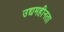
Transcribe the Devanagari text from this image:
उद्यमहीनता